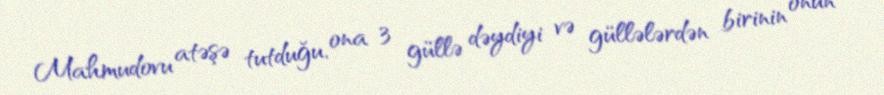
Mahmudovu atəşə tutduğu, ona 3 güllə dəydiyi və güllələrdən birinin onun